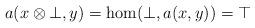
LaTeX: \begin{align*} a(x\otimes \bot,y)=\hom(\bot,a(x,y))=\top \end{align*}